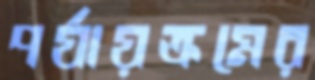
পর্যায়ক্রমের